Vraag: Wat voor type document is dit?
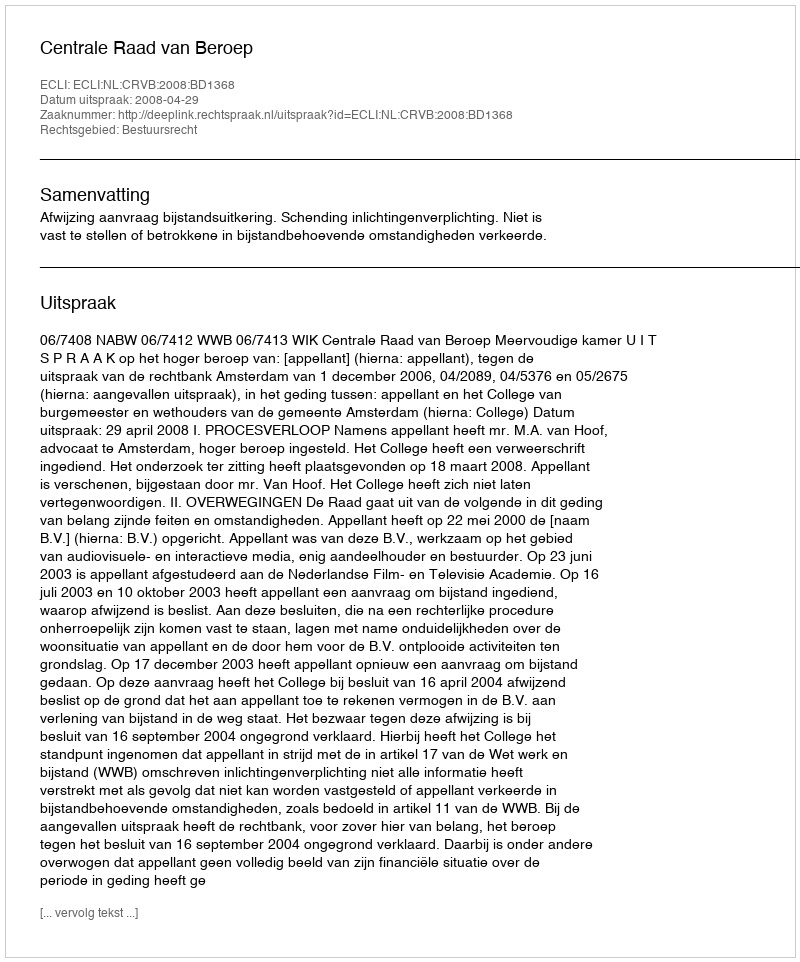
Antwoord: Uitspraak